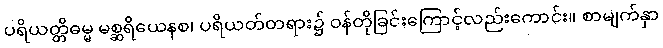
ပရိယတ္တိဓမ္မ မစ္ဆရိယေနစ၊ ပရိယတ်တရား၌ ဝန်တိုခြင်းကြောင့်လည်းကောင်း။ စာမျက်နှာ